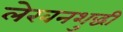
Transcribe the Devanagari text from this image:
लेखनशुद्धी